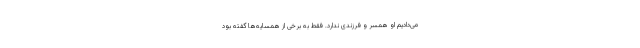
می‌دادیم او همسر و فرزندی ندارد. فقط به برخی از همسایه‌ها گفته بود